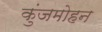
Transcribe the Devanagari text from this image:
कुंजमोहन